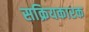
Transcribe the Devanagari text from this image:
सक्रियकारक